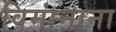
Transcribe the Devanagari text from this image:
विमांनाना